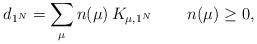
LaTeX: \begin{align*}d_{1^N}=\sum_{\mu} n(\mu)\, K_{\mu,1^N} \, \qquad n(\mu)\geq 0,\end{align*}